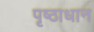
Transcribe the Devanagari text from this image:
पृष्ठाधान